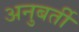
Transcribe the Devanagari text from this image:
अनुबर्ती